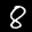
Label: 8